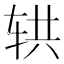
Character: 𰺄